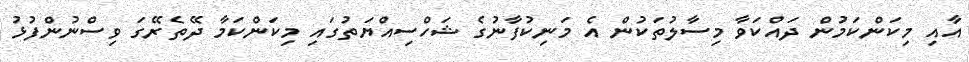
އާއި މިކަންކަމުން ދައްކަވާ މިސާލުތަކުން އެ މަނިކުފާނުގެ ޝަހްސިއްޔަތުގައި މިކަންކަމާ ދޭތެރޭގަ ވިސްނުންފުޅު